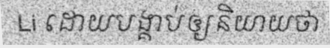
Li ដោយបង្គាប់ឲ្យនិយាយថា